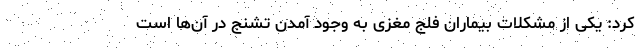
کرد: یکی از مشکلات بیماران فلج مغزی به وجود آمدن تشنج در آن‌ها است